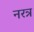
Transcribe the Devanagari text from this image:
नरत्र